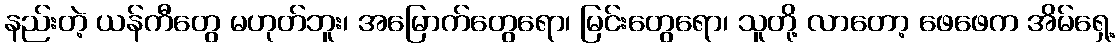
နည်းတဲ့ ယန်ကီတွေ မဟုတ်ဘူး၊ အမြောက်တွေရော၊ မြင်းတွေရော၊ သူတို့ လာတော့ ဖေဖေက အိမ်ရှေ့